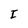
Character: I